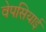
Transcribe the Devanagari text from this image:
वेपसियाई